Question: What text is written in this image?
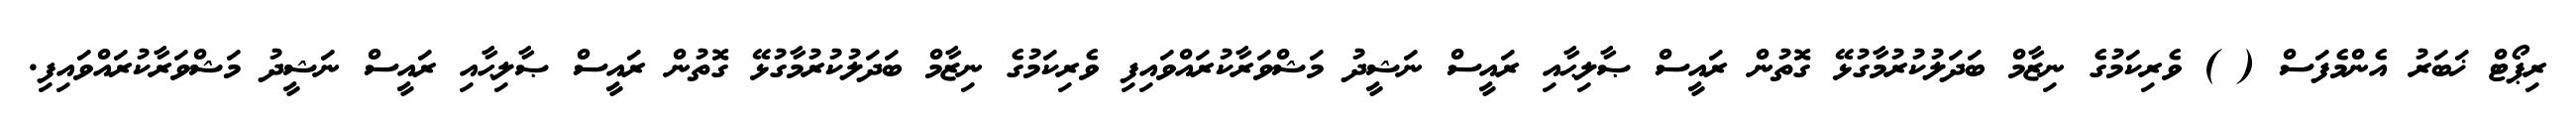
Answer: ރިޕޯޓް ޚަބަރު އެންމެފަސް ( ) ވެރިކަމުގެ ނިޒާމް ބަދަލުކުރުމާގުޅޭ ގޮތުން ރައީސް ޞާލިޙާއި ރައީސް ނަޝީދު މަޝްވަރާކުރައްވައިފި ވެރިކަމުގެ ނިޒާމް ބަދަލުކުރުމާގުޅޭ ގޮތުން ރައީސް ޞާލިޙާއި ރައީސް ނަޝީދު މަޝްވަރާކުރައްވައިފި.